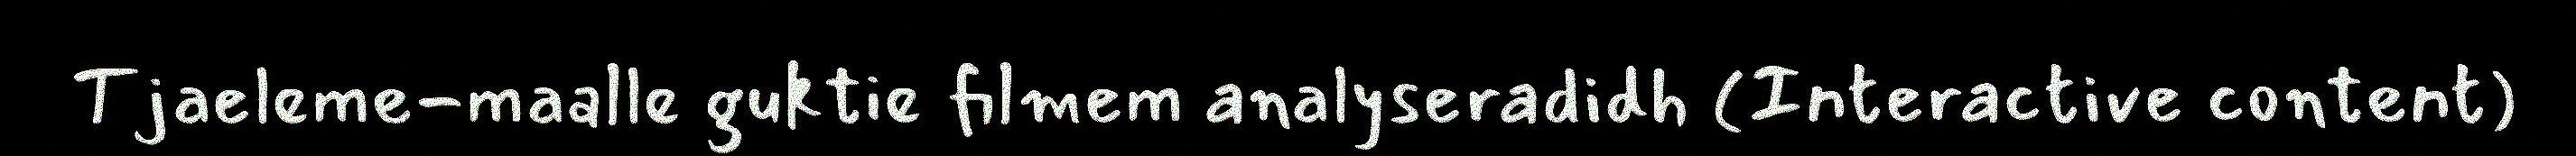
Tjaeleme-maalle guktie filmem analyseradidh (Interactive content)